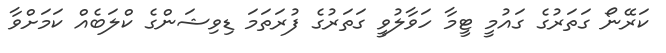
ކަރޭނޯ ގަތަރުގެ ގައުމީ ޓީމާ ހަވާލުވީ ގަތަރުގެ ފުރަތަމަަ ޑިވިޝަންގެ ކްލަބެއް ކަމަށްވާ